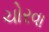
ચોરવા